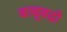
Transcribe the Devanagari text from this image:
बाबूबढी